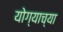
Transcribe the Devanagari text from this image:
योग्याच्या